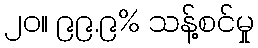
၂၀။ ၉၉.၉% သန့်စင်မှု